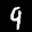
Label: 9